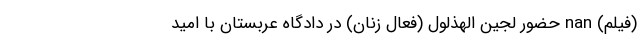
(فیلم) nan حضور لجین الهذلول (فعال زنان) در دادگاه عربستان با امید